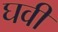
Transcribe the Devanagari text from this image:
घवी